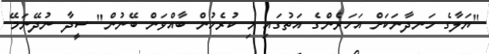
"ޔަލާގެ ހަނދާނަކަށް އަހަރެންގެ އަތުގައި މި ކުރެހުން ބާއްވަން ބޭނުން" ސީދާ ނުދޭނަމޭ